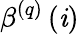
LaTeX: \beta^{\left(q\right)}\left(\mathit{i}\right)